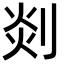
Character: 剡